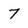
Character: 7